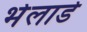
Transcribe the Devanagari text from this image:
भेलाडे